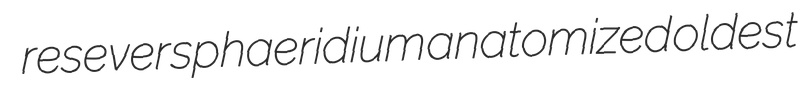
resever sphaeridium anatomized oldest